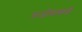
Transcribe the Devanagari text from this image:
सजीवाकडे